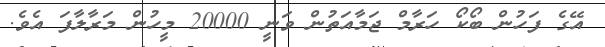
އޭގެ ފަހުން ބޯކޯ ހަރާމް ޖަމާއަތުން ވަނީ 20000 މީހުން މަރާލާފަ އެވެ.